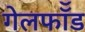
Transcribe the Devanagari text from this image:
गेलफॉँड